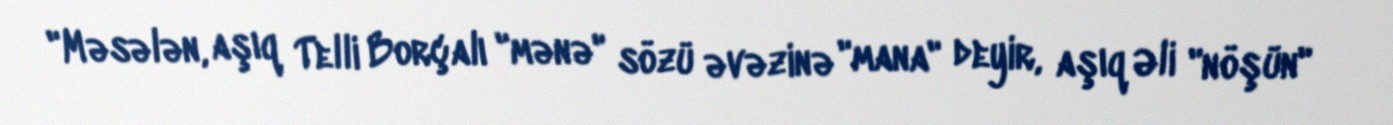
"Məsələn, aşıq Telli Borçalı "mənə" sözü əvəzinə "mana" deyir, aşıq Əli "nöşün"